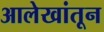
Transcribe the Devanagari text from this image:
आलेखांतून